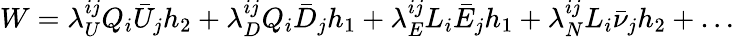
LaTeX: W=\lambda_{U}^{ij}Q_{i}\bar{U}_{j}h_{2}+\lambda_{D}^{ij}Q_{i}\bar{D}_{j}h_{1}+\lambda_{E}^{ij}L_{i}\bar{E}_{j}h_{1}+\lambda_{N}^{ij}L_{i}\bar{\nu}_{j}h_{2}+\ldots